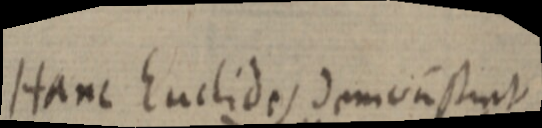
Hanc Euclides demonstrunt